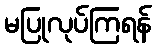
မပြုလုပ်ကြရန်